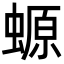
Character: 螈